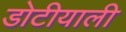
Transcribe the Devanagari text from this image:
डोटीयाली